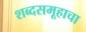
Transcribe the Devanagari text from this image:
शब्दसमूहाचा